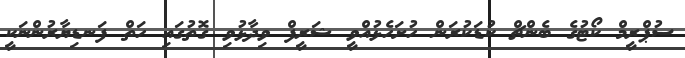
ސުޕްރީމް ކޯޓުގެ ބެންޗް ކުޑަކުރަން ހުށަހެޅުއްވީ ޝަރީފް ވިދާޅުވި ގޮތުގައި ހަތް ފަނޑިޔާރުންނަކީ